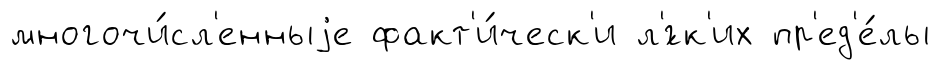
многочи́сл'енныjе факт'и́ческ'и л'́гк'их пр'ед'е́лы